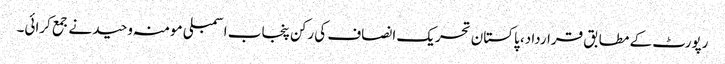
رپورٹ کے مطابق قرارداد، پاکستان تحریک انصاف کی رکن پنجاب اسمبلی مومنہ وحید نے جمع کرائی۔